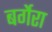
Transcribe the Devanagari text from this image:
बर्गेरा